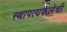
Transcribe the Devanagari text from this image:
स्थापत्यकलेची